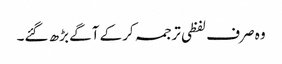
وہ صرف لفظی ترجمہ کرکے آگے بڑھ گئے۔